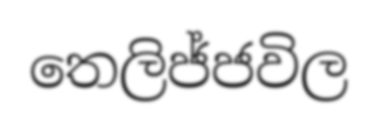
තෙලිජ්ජවිල